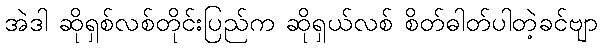
အဲဒါ ဆိုရှစ်လစ်တိုင်းပြည်က ဆိုရှယ်လစ် စိတ်ဓါတ်ပါတဲ့ခင်ဗျာ